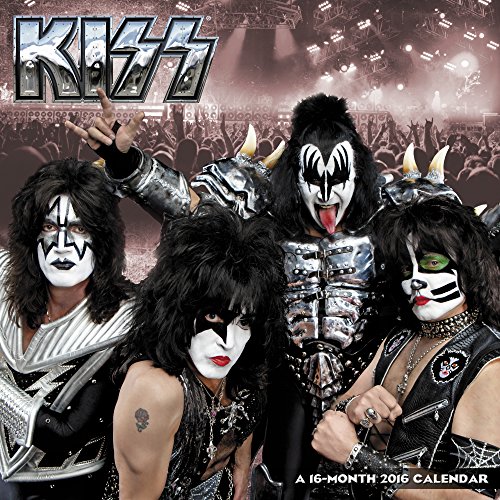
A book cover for KISS Wall Calendar (2016); Day Dream; Calendars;